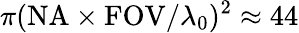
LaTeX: \pi(\mathrm{NA}\times\mathrm{FOV}/\lambda_{0})^{2}\approx 44